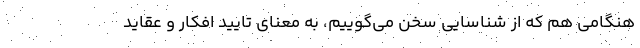
هنگامي هم كه از شناسايي سخن مي‌گوييم، به معناي تاييد افكار و عقايد